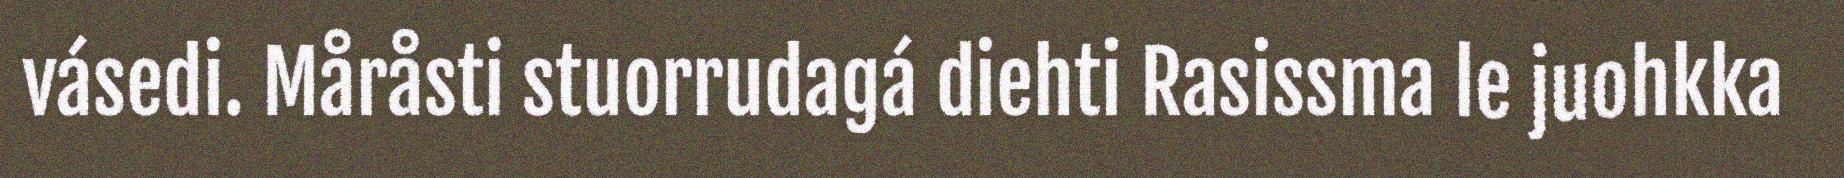
vásedi. Måråsti stuorrudagá diehti Rasissma le juohkka